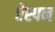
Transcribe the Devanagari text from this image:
ऐस्पन